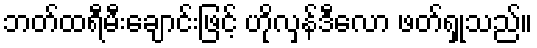
ဘတ်ထရီမီးချောင်းဖြင့် ဟိုလှန်ဒီလော ဖတ်ရှုသည်။